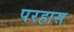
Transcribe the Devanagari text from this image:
परहास